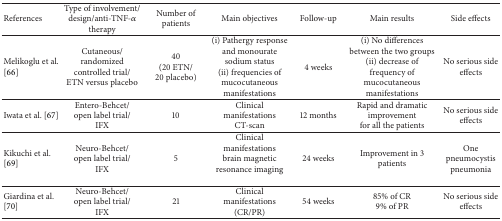
<table><thead><tr><td><b>References</b></td><td><b>Type of involvement/design/anti-TNF-<i>α</i> therapy</b></td><td><b>Number of patients</b></td><td><b>Main objectives</b></td><td><b>Follow-up</b></td><td><b>Main results</b></td><td><b>Side effects</b></td></tr></thead><tbody><tr><td>Melikoglu et al. [66]</td><td>Cutaneous/randomized controlled trial/ETN versus placebo</td><td>40 (20 ETN/20 placebo)</td><td>(i) Pathergy response and monourate sodium status(ii) frequencies of mucocutaneous manifestations</td><td>4 weeks</td><td>(i) No differences between the two groups(ii) decrease of frequency of mucocutaneous manifestations</td><td>No serious side effects</td></tr><tr><td>Iwata et al. [67]</td><td>Entero-Behcet/open label trial/IFX</td><td>10</td><td>Clinical manifestations CT-scan</td><td>12 months</td><td>Rapid and dramatic improvement for all the patients</td><td>No serious side effects</td></tr><tr><td>Kikuchi et al. [69]</td><td>Neuro-Behcet/open label trial/IFX</td><td>5</td><td>Clinical manifestations brain magnetic resonance imaging</td><td>24 weeks</td><td>Improvement in 3 patients</td><td>One pneumocystis pneumonia</td></tr><tr><td>Giardina et al. [70]</td><td>Neuro-Behcet/open label trial/IFX</td><td>21</td><td>Clinical manifestations (CR/PR)</td><td>54 weeks</td><td>85% of CR 9% of PR</td><td>No serious side effects</td></tr></tbody></table>